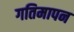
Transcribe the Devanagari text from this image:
गतिमापन